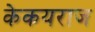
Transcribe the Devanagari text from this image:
केकयराज